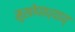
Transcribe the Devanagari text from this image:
मुखोपाध्याय्